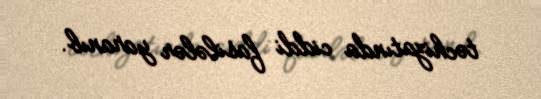
təchizatında ciddi fasilələr yaranıb.